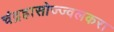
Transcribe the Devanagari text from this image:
चंद्रहासोज्ज्वलकरा